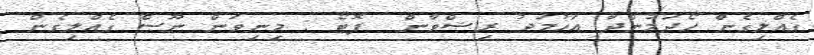
ގެއްލިގެން ހޯދަމުންދާ އަހުމަދު ރިޟްވާން  ފޮޓޯ : މިނިވަން ނޫސް ގެއްލިގެން